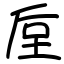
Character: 垕